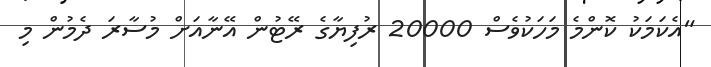
"އެކަމަކު ކޮންމެ މަހަކުވެސް 20000 ރުފިޔާގެ ރޭޓުން އޭނާއަށް މުސާރަ ދެމުން މި